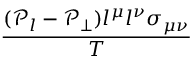
\frac { ( \mathcal { P } _ { l } - \mathcal { P } _ { \perp } ) l ^ { \mu } l ^ { \nu } \sigma _ { \mu \nu } } { T }